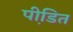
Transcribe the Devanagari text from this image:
पीडि़त